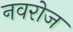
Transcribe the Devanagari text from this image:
नवरोज